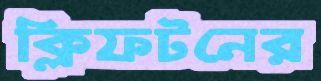
ক্লিফটনের